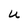
Character: u